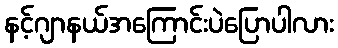
နင့်ဂျာနယ်အကြောင်းပဲပြောပါလား